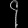
Digit: ၄